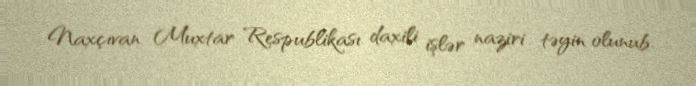
Naxçıvan Muxtar Respublikası daxili işlər naziri təyin olunub.